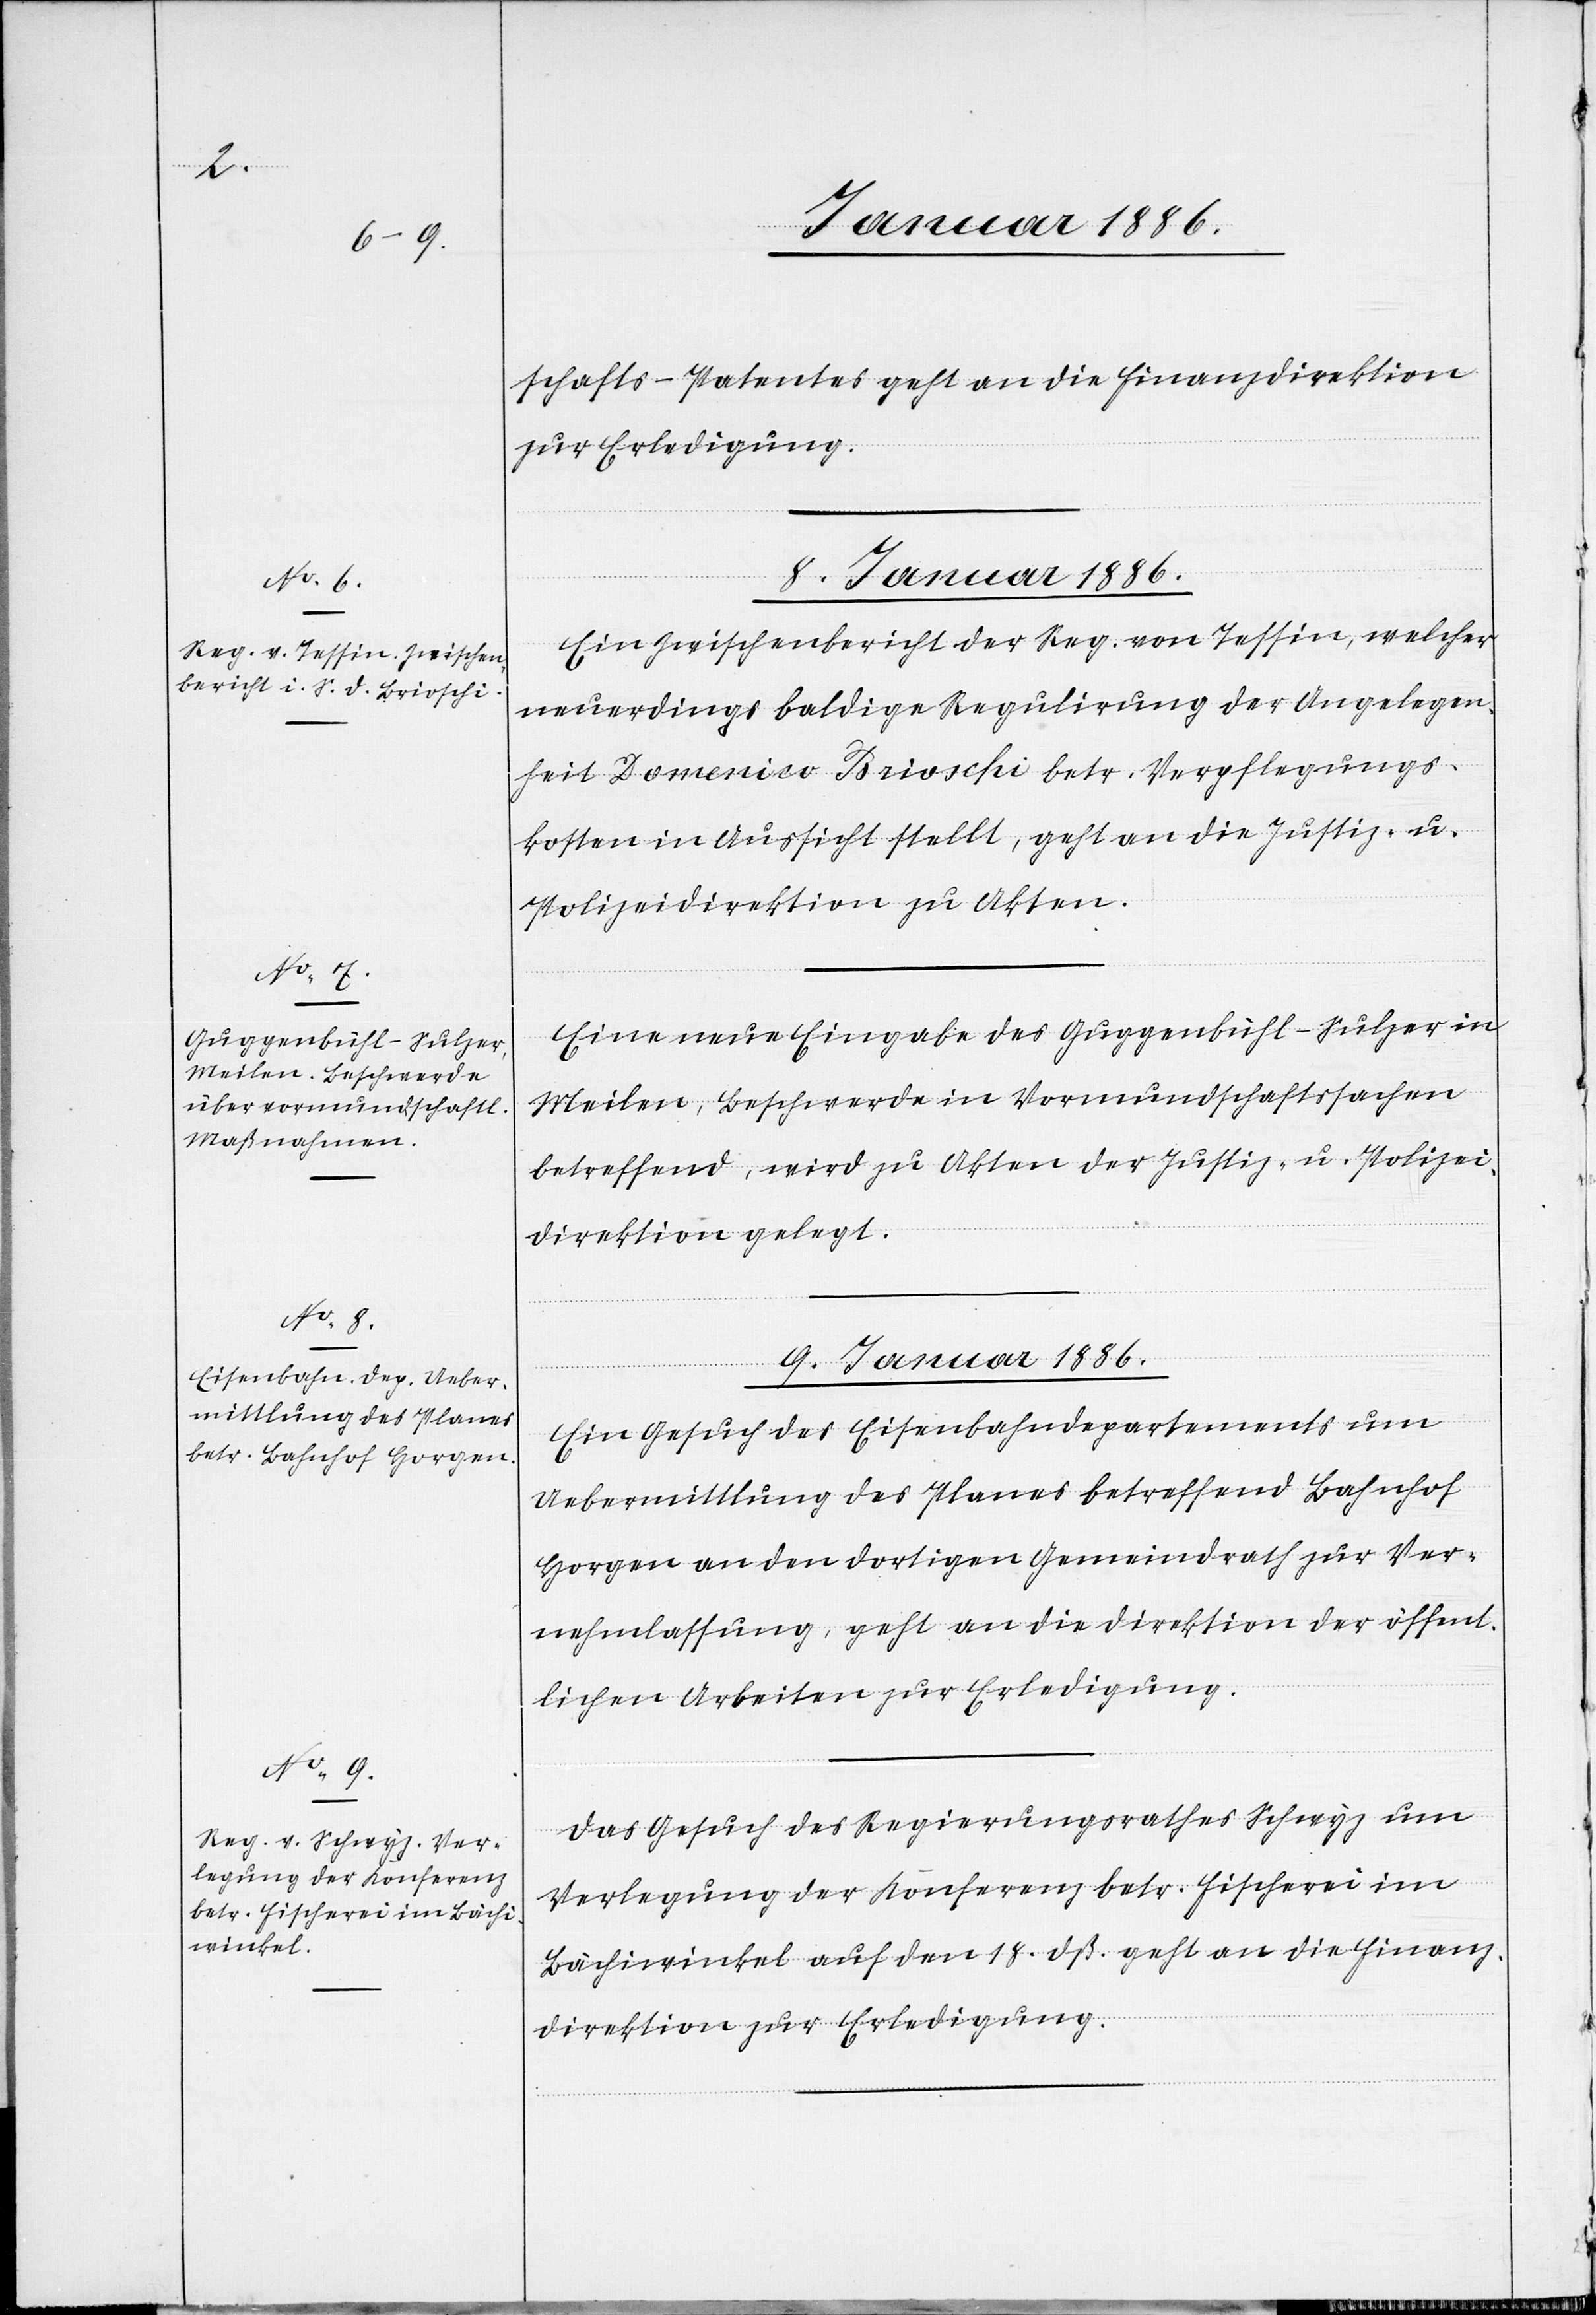
schafts-Patentes geht an die Finanzdirektion
zur Erledigung.
8. Januar 1886.]
Ein Zwischenbericht der Reg. von Tessin, welcher
neuerdings baldige Regulierung der Angelegen¬
heit Domenico Brioschi betr. Verpflegungs¬
kosten in Aussicht stellt, geht an die Justiz- u.
Polizeidirektion zu Akten.
Eine neue Eingabe des Guggenbühl-Sulzer in
Meilen, Beschwerde in Vormundschaftssachen
betreffend, wird zu Akten der Justiz- u. Polizei¬
direktion gelegt.
9. Januar 1886.]
ungen.
Ein Gesuch des Eisenbahndepartements um
Uebermittlung des Planes betreffend Bahnhof
Horgen an den dortigen Gemeindrath zur Ver¬
nehmlassung, geht an die Direktion der öffent¬
lichen Arbeiten zur Erledigung.
Das Gesuch des Regierungsrathes Schwyz um
Verlegung der Konferenz betr. Fischerei im
Bächiwinkel auf den 18. dß. geht an die Finanz¬
direktion zur Erledigung.